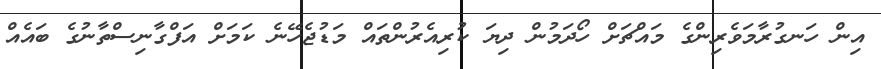
އިން ހަނގުރާމަވެރިންގެ މައްޗަށް ހޯދަމުން ދިޔަ ކުރިއެރުންތައް މަޑުޖެހޭނެ ކަމަށް އަފްގާނިސްތާނުގެ ބައެއް